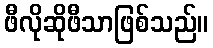
ဖီလိုဆိုဖီသာဖြစ်သည်။